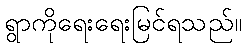
ရွာကိုရေးရေးမြင်ရသည်။